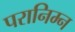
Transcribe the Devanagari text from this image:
परानिम्न